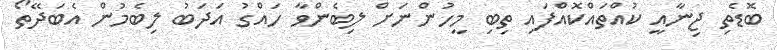
ބޮޑެތި ޖިނާއީ ކުއްތައްކޮއްފައި ތިބި މީހުންނަށް ލިބެންވާ ހައްގު އަދަބު ލިބެމުން އެބަދޭތޯ